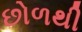
છોળથી